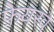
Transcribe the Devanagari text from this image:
फ़ेयरवे